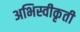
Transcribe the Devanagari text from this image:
अभिस्वीकृती